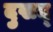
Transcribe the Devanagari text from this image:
दुखद्